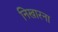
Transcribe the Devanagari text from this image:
निखारना